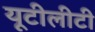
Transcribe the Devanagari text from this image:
यूटीलीटी